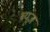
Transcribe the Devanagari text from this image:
ब्यूज